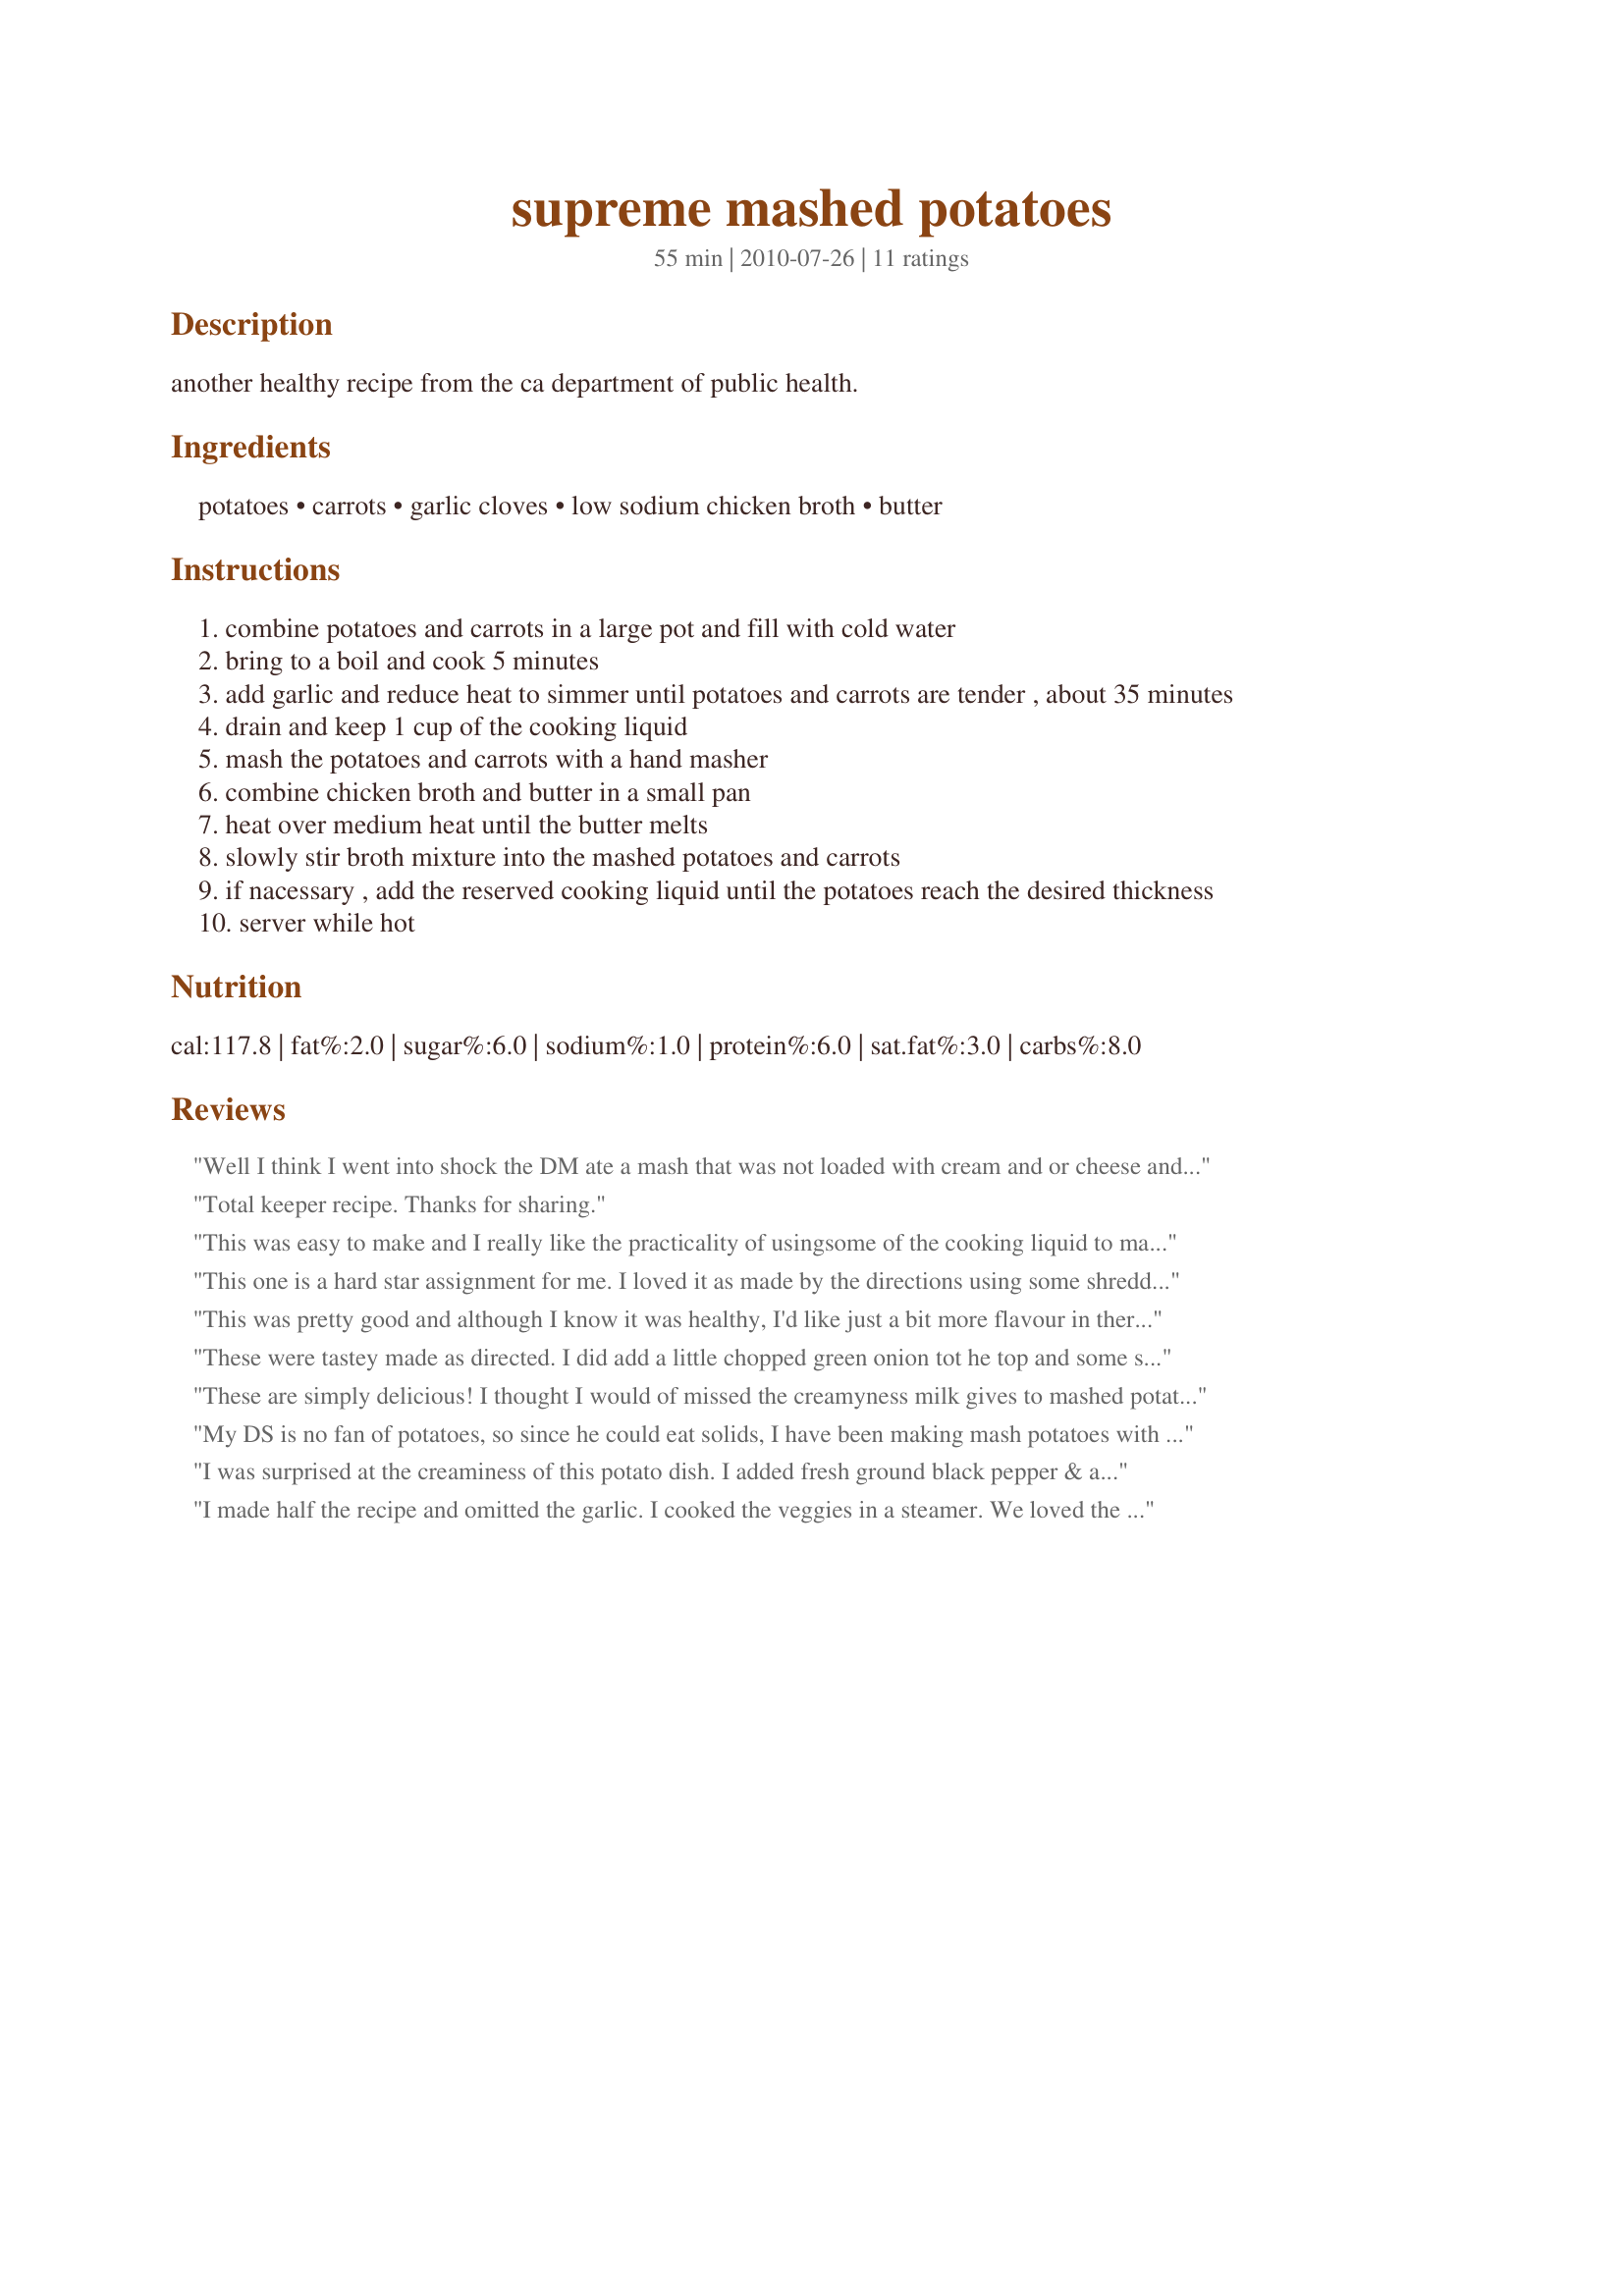
supreme mashed potatoes
Preparation time: 55 minutes

another healthy recipe from the ca department of public health.

Ingredients:
potatoes, carrots, garlic cloves, low sodium chicken broth, butter

Steps:
combine potatoes and carrots in a large pot and fill with cold water
bring to a boil and cook 5 minutes
add garlic and reduce heat to simmer until potatoes and carrots are tender , about 35 minutes
drain and keep 1 cup of the cooking liquid
mash the potatoes and carrots with a hand masher
combine chicken broth and butter in a small pan
heat over medium heat until the butter melts
slowly stir broth mixture into the mashed potatoes and carrots
if nacessary , add the reserved cooking liquid until the potatoes reach the desired thickness
server while hot

Reviews:
Well I think I went into shock the DM ate a mash that was not loaded with cream and or cheese and was healthy, very much enjoyed thank you Debbwl, made for Everyday A Holiday.
Total keeper recipe. Thanks for sharing.
This was easy to make and I really like the practicality of using<br/>some of the cooking liquid to mash the vegetables. I threw in a <br/>yam and a sweet potato for good measure. Went well with our<br/>tofu main dish and steamed vegetables. Reviewed for Veg Tag September.
This one is a hard star assignment for me. I loved it as made by the directions using some shredded carrot that I had left from making a carrot salad earlier in the day. DH said that he "might give it 3" until he went and got a big spoonful of butter to add to his serving and saying after tasting "now this isn't bad". So there you have it, the marriage of the hedonist and the more health conscious cook. I split my 5 and his 3 for a 4. Loved the garlic and chicken. stock.
This was pretty good and although I know it was healthy, I'd like just a bit more flavour in there. I'd make this again and add in some horseradish and maybe a heap of chopped parsley but that's just a personal opinion.
These were tastey made as directed. I did add a little chopped green onion tot he top and some salt and pepper, but otherwise made as is. I liked that you get your veggies and a potato side done in one dish! Made for Everyday Holiday.
These are simply delicious! I thought I would of missed the creamyness milk gives to mashed potatoes, but, to my surprise, they turned out rich and creamy with just enough garlic. Thanks for sharing.
My DS is no fan of potatoes, so since he could eat solids, I have been making mash potatoes with carrots ( sometimes sweet potato and parsnip too) to get him to eat them. <br/>I loved the idea of the chicken stock to " creamy" them up and a bit, and it worked so beautifully....definitely one to hang onto, as the entire family demolished the lot!!<br/>Made and reviewed as a THANK YOU for tagging in PRMR during the recent TIC-TAC-TOE event.
I was surprised at the creaminess of this potato dish. I added fresh ground black pepper & a tiny bit of salt, but otherwise followed the recipe. The garlic flavor was a plus. Thank you for sharing the recipe!
I made half the recipe and omitted the garlic. I cooked the veggies in a steamer. We loved the taste and it's so healthy that way. Thanks Deb :) Made for Holiday tag
Really nice spuds and creamy without all the fat, the whole family enjoyed them, thanks for posting!
